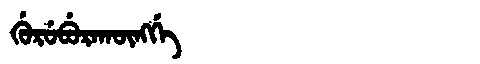
Manchu: ᡤᡠᡵᡠᠪᡠᡵᠠᡴᡡᠩᡤᡝ
Romanization: GURUBURAKŪNGGE